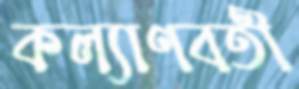
কল্যাণবতী